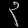
Digit: ၃